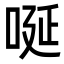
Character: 唌